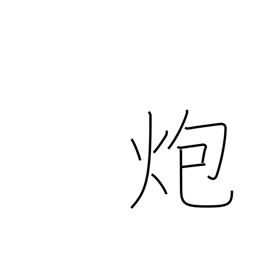
Meaning: burn